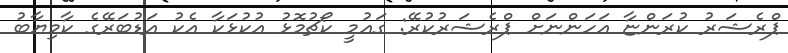
ޕްރެޝަރު ކުރަންޏާ އަހަންނަށް ޕްރެޝަރުކުރޭ: ގައުމީ ކޯޗުމޮޅު އުކުޅަކާ އެކު އަޑުބަރޭގެ ކާމިޔާބު